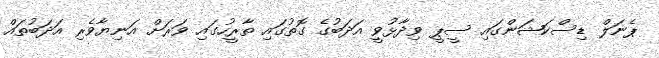
ޕެނަލް ޑިސްކަޝަންގައި ސީޕީ ވިދާޅުވީ އަދަބުގެ ގޮތުގައި ތާރީހުގައި ވަރަށް އަނިޔާވެރި އަދަބުތައް